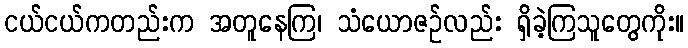
ငယ်ငယ်ကတည်းက အတူနေကြ၊ သံယောဇဉ်လည်း ရှိခဲ့ကြသူတွေကိုး။